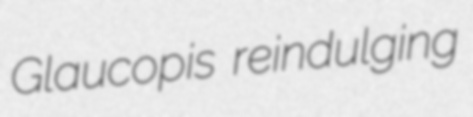
Glaucopis reindulging